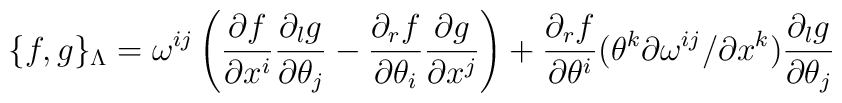
\{f,g\}_{\Lambda}= \omega^{ij}\left(\frac{\partial f}{\partial x^i}\frac{\partial _lg}{\partial \theta _j}-\frac{\partial _rf}{\partial \theta _i}\frac{\partial g}{\partial x^j}\right)+ \frac{\partial_r f}{\partial \theta^i}(\theta ^k{\partial \omega ^{ij}}/{\partial x^k})\frac{\partial _lg}{\partial \theta _j}